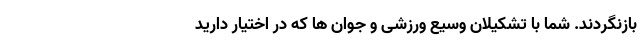
بازنگردند. شما با تشکیلان وسیع ورزشی و جوان ها که در اختیار دارید